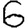
Digit: 6